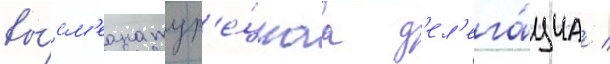
вы́см'еана тур'е́цкаа д'ел'ега́циа /